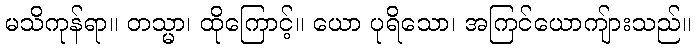
မသိကုန်ရာ။ တသ္မာ၊ ထိုကြောင့်။ ယော ပုရိသော၊ အကြင်ယောကျ်ားသည်။